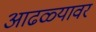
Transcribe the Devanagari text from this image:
आढळ्यावर